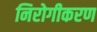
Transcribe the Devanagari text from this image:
निरोगीकरण